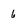
Character: 6